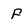
Character: f